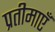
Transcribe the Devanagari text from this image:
प्रतीमाएँ